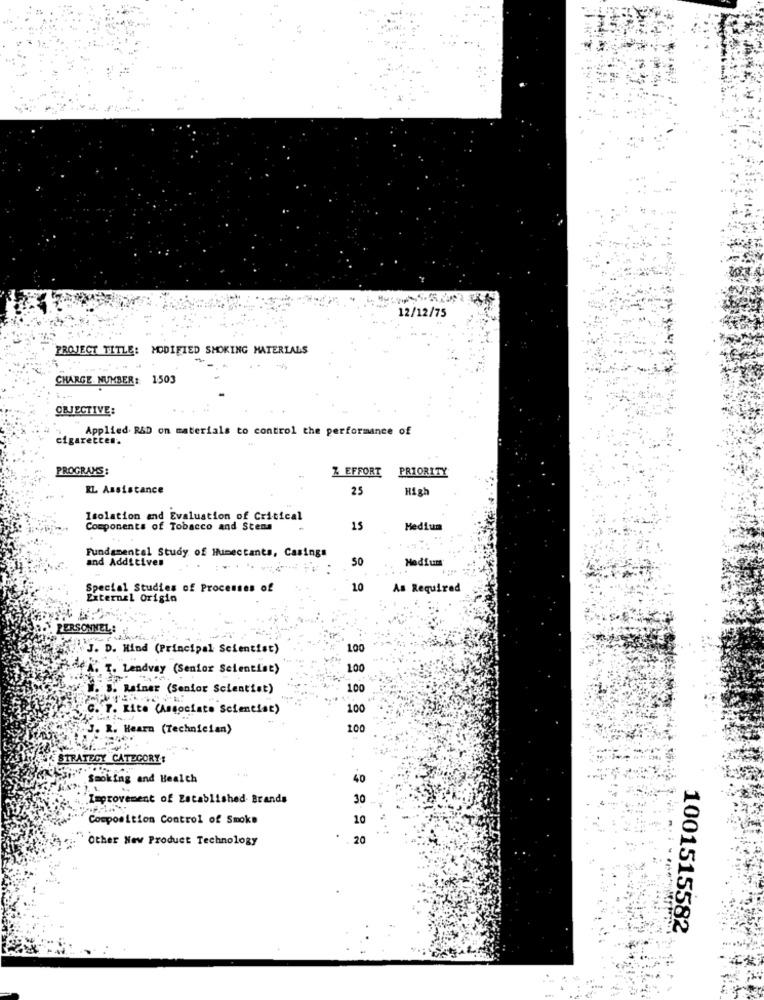
12/12/75
PROJECT TITLE: MODIFIED SMOKING MATERIALS
-
CHARGE NUMBER: 1503
OBJECTIVE:
Applied R&D on materials to control the performance of
cigarettes.
PROGRAMS:
Z EFFORT
PRIORITY
RL Assistance
25
Hig
Isolation and Evaluation of Critical
Components of Tobacco and Stens
15
Medium
Fundamental Study of Humectants, Casings
and Additives
50
Medium
:....
Special Studies of Processes of
10
As Required
External Origin
PERSONNEL:
J. D. Hind (Principal Scientist)
100
HeK. T. Lendvay (Senior Scientist)
100
V. S. Rainer (Senior Scientist)
100
C. T. Lite (Associato Scientist)
100
J. R. Hearn (Technician)
100
STRATEGY CATEGORY:
Smoking and Health
40
"Improvement of Established Brands
30
Composition Control of Smoke
10
Other New Product Technology
20
1001515582